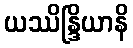
ယဿိန္ဒြိယာနိ